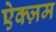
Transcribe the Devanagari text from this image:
ऐक्ज़म